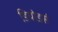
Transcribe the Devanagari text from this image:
डियोडर्स